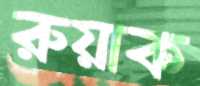
রুয়াক